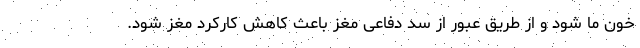
خون ما شود و از طریق عبور از سد دفاعی مغز باعث کاهش کارکرد مغز شود.